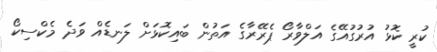
ކުރީ ކޮޅު އުރުގުއޭގެ އަލްވާރޯ ޕެރޭރާގެ އަތުން ބައިކޮޅަށް ލަނޑެއް ވަދެ މެކްސިކޯ